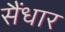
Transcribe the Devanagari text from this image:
सैंधार